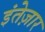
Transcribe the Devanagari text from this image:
इंतेज़ार